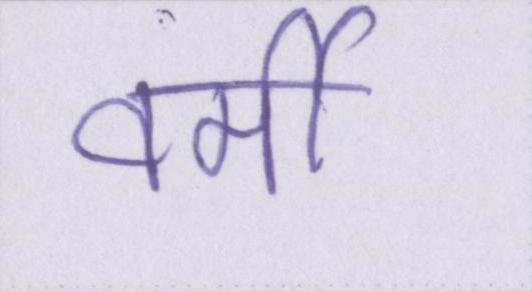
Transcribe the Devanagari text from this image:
वर्मी